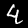
Digit: 4